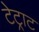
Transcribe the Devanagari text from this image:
टेट्राट